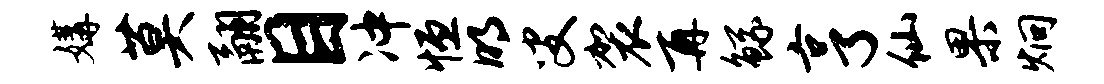
媾莫翮目冲恒明叟袈再鲧亨仙果炯